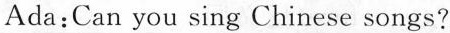
Ada: Can you sing Chinese songs?